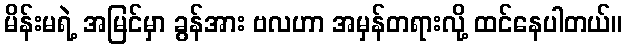
မိန်းမရဲ့ အမြင်မှာ ခွန်အား ဗလဟာ အမှန်တရားလို့ ထင်နေပါတယ်။